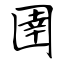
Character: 圉